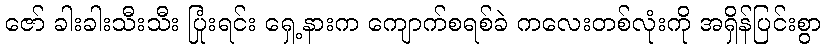
ဇော် ခါးခါးသီးသီး ပြုံးရင်း ရှေ့နားက ကျောက်စရစ်ခဲ ကလေးတစ်လုံးကို အရှိန်ပြင်းစွာ